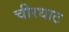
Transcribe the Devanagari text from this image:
चीरधाट